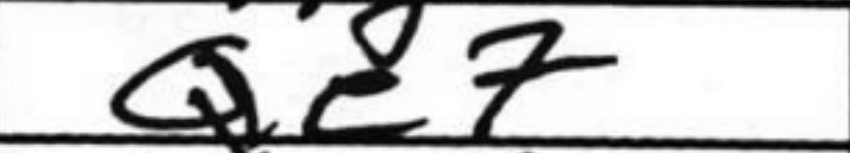
Transcription: Qe7